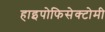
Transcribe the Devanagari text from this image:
हाइपोफिसेक्टोमी